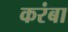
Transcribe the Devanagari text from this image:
करंबा